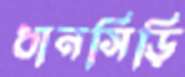
ধানসিড়ি